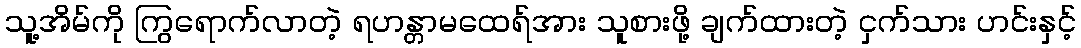
သူ့အိမ်ကို ကြွရောက်လာတဲ့ ရဟန္တာမထေရ်အား သူစားဖို့ ချက်ထားတဲ့ ငှက်သား ဟင်းနှင့်